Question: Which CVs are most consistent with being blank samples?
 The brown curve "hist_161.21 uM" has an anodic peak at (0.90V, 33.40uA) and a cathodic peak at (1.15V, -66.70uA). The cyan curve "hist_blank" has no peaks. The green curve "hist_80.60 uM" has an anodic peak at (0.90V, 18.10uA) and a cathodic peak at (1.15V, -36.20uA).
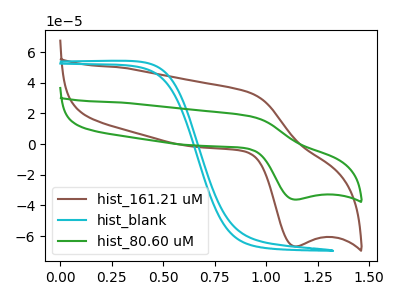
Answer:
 <answer>"hist_blank" is likely to be a blank.</answer>
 <eval>hist_blank</eval>